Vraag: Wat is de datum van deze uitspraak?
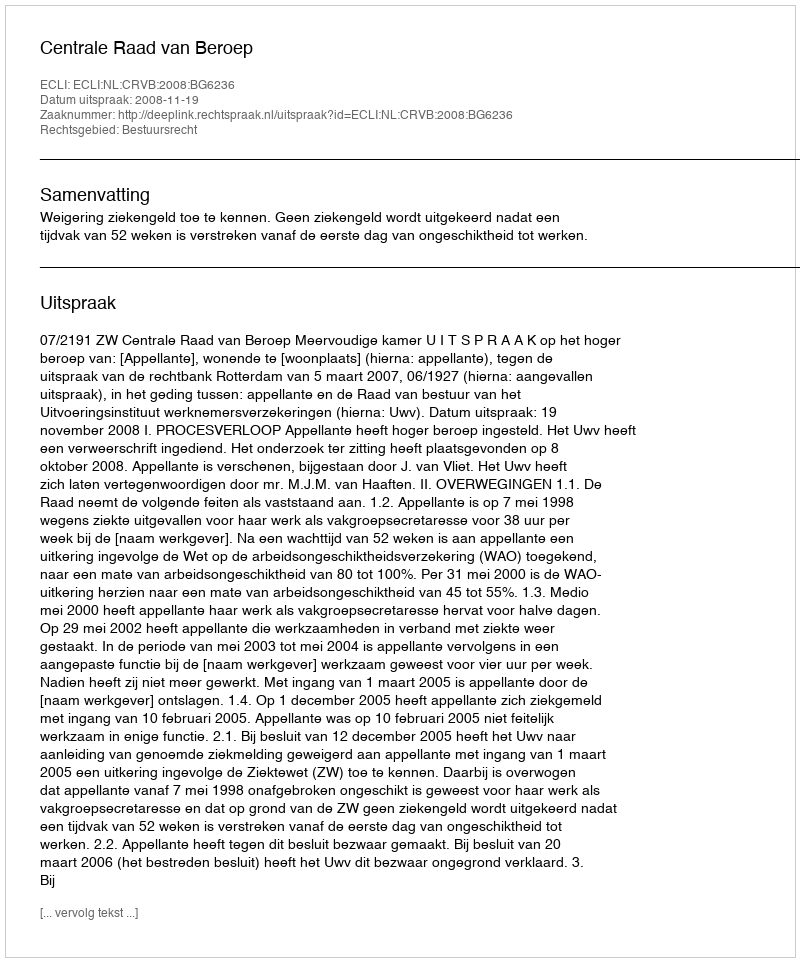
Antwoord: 2008-11-19